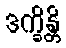
ဒက္ခိန္တိ